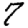
Digit: 7